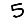
Digit: 5